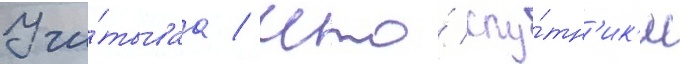
Учи́тываа / что́ спу́тн'ик'и